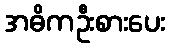
အဓိကဦးစားပေး